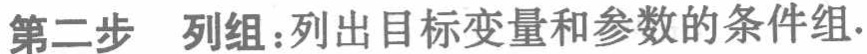
第二步 列组：列出目标变量和参数的条件组.